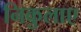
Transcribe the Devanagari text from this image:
निकुलाए